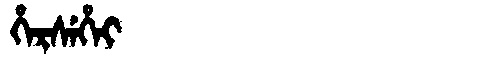
Manchu: ᡥᡝᡵᠰᡝᡥᡝᡳ
Romanization: HERSEHEI